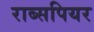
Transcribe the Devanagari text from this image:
राब्सपियर